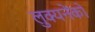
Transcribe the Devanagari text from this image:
लुक्यनेंको